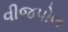
વીજપોલ